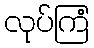
လုပ်ကြံ